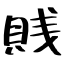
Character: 賎